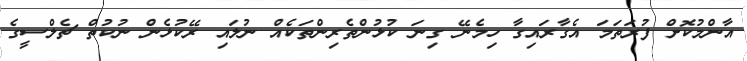
އާންމުކޮށް ފުރަތަމަ އެގާރައިގާ ހިމެނޭ ގިނަ ކުޅުންތެރިންތަކެއް ނުލައި ރޭކުޅެން ނުކުތް ޗެލްސީގެ